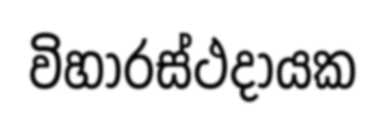
විහාරස්ථදායක